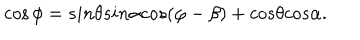
\cos \phi = s i n \theta s i n \alpha c o s ( \varphi - \beta ) + c o s \theta c o s \alpha .